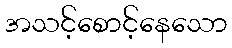
အသင့်စောင့်နေသော